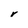
Character: V